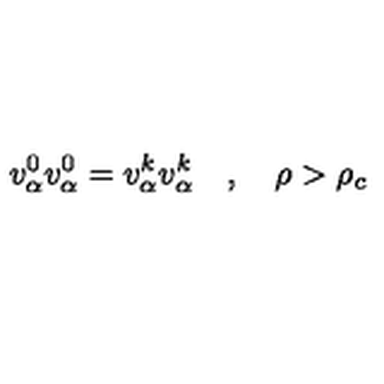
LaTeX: v _ { \alpha } ^ { 0 } v _ { \alpha } ^ { 0 } = v _ { \alpha } ^ { k } v _ { \alpha } ^ { k } \quad , \quad \rho > \rho _ { c } \